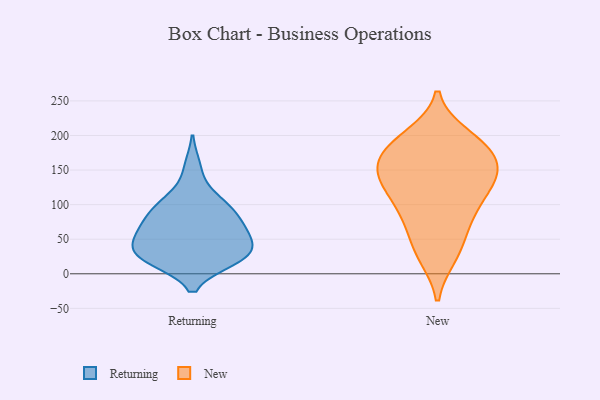
{"axis": {"x": "Churn Rate (%)", "y": "Value"}, "legend": ["New", "Returning"], "data": [{"x": "", "y": 36, "type": "Returning"}, {"x": "", "y": 81, "type": "Returning"}, {"x": "", "y": 60, "type": "Returning"}, {"x": "", "y": 61, "type": "Returning"}, {"x": "", "y": 21, "type": "Returning"}, {"x": "", "y": 20, "type": "Returning"}, {"x": "", "y": 103, "type": "Returning"}, {"x": "", "y": 154, "type": "Returning"}, {"x": "", "y": 93, "type": "Returning"}, {"x": "", "y": 21, "type": "Returning"}, {"x": "", "y": 35, "type": "Returning"}, {"x": "", "y": 110, "type": "Returning"}, {"x": "", "y": 86, "type": "Returning"}, {"x": "", "y": 62, "type": "Returning"}, {"x": "", "y": 24, "type": "Returning"}, {"x": "", "y": 56, "type": "Returning"}, {"x": "", "y": 31, "type": "Returning"}, {"x": "", "y": 74, "type": "New"}, {"x": "", "y": 95, "type": "New"}, {"x": "", "y": 48, "type": "New"}, {"x": "", "y": 132, "type": "New"}, {"x": "", "y": 148, "type": "New"}, {"x": "", "y": 135, "type": "New"}, {"x": "", "y": 154, "type": "New"}, {"x": "", "y": 170, "type": "New"}, {"x": "", "y": 138, "type": "New"}, {"x": "", "y": 26, "type": "New"}, {"x": "", "y": 196, "type": "New"}, {"x": "", "y": 151, "type": "New"}, {"x": "", "y": 105, "type": "New"}, {"x": "", "y": 174, "type": "New"}, {"x": "", "y": 116, "type": "New"}, {"x": "", "y": 78, "type": "New"}, {"x": "", "y": 200, "type": "New"}, {"x": "", "y": 180, "type": "New"}, {"x": "", "y": 25, "type": "New"}, {"x": "", "y": 190, "type": "New"}]}